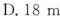
3.做匀减速直线运动的物体经6s后停止运动，若在第Ⅰ秒内的位移是22m，则物体在第2秒内的位移为